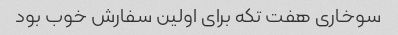
سوخاری هفت تکه برای اولین سفارش خوب بود